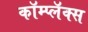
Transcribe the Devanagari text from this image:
कॉम्प्लॅक्स